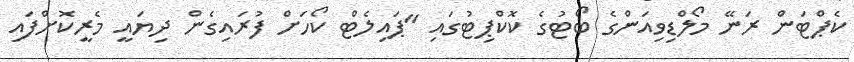
ކެޕްޓަން ރަނޭ މޯލްޑިވިއަންގެ ބޯޓުގެ ކޮކްޕިޓުގައި "ޕައިލެޓް ކޯހަށް ފުރައިގެން ދިޔައީ މެރީކޮށްފައި